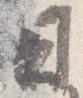
日